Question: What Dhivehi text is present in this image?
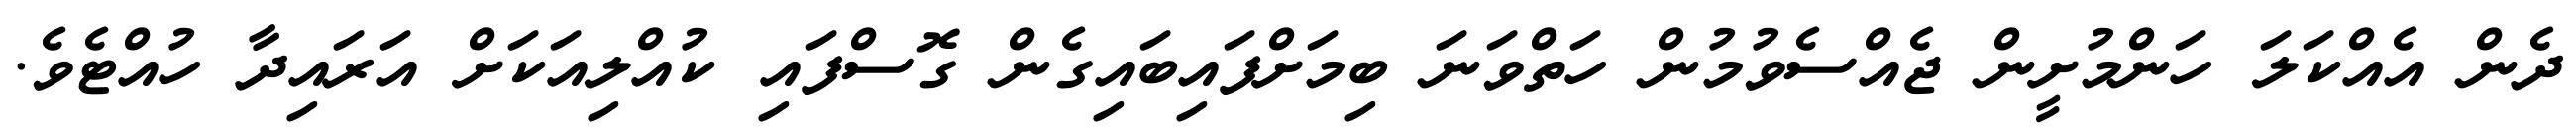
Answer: ދެން އެއްކަލަ ހަންމުށީން ޖެއްސެވުމުން ހަތްވަނަ ބިމަށްފައިބައިގެން ގޮސްފައި ކުއްލިއަކަށް އަރައިދާ ހުއްޓެވެ.